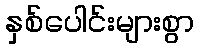
နှစ်ပေါင်းများစွာ